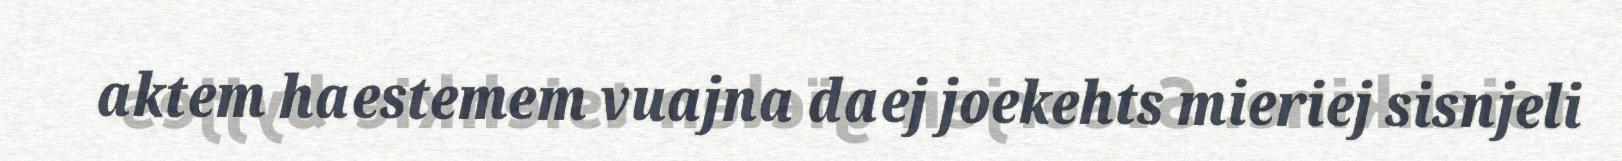
aktem haestemem vuajna daej joekehts mieriej sisnjeli